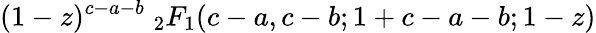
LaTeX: (1-z)^{c-a-b}\; _{2}F_{1}(c-a,c-b;1+c-a-b;1-z)